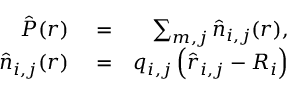
\begin{array} { r l r } { \hat { \boldsymbol P } ( \boldsymbol r ) } & { { } = } & { \sum _ { m , j } \hat { \boldsymbol n } _ { i , j } ( \boldsymbol r ) , } \\ { \hat { \boldsymbol n } _ { i , j } ( \boldsymbol r ) } & { { } = } & { q _ { i , j } \left( \hat { \boldsymbol r } _ { i , j } - \boldsymbol R _ { i } \right) } \end{array}